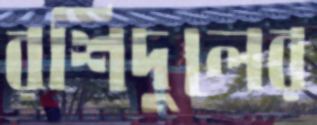
রশিদুলের